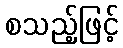
စသည့်ဖြင့်